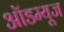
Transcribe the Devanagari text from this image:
ऑडम्यूज